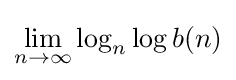
\lim _{n\to \infty }\log _{n}\log b(n)